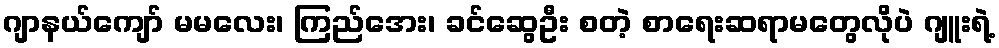
ဂျာနယ်ကျော် မမလေး၊ ကြည်အေး၊ ခင်ဆွေဦး စတဲ့ စာရေးဆရာမတွေလိုပဲ ဂျူးရဲ့